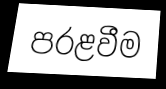
පරළවීම